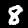
Label: 8